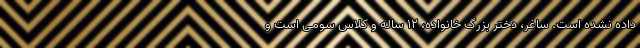
داده نشده است. ساغر، دختر بزرگ خانواده، ۱۲ ساله و کلاس سومی است و